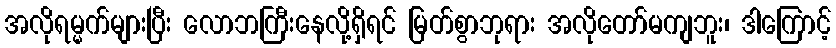
အလိုရမ္မက်များပြီး လောဘကြီးနေလို့ရှိရင် မြတ်စွာဘုရား အလိုတော်မကျဘူး၊ ဒါကြောင့်